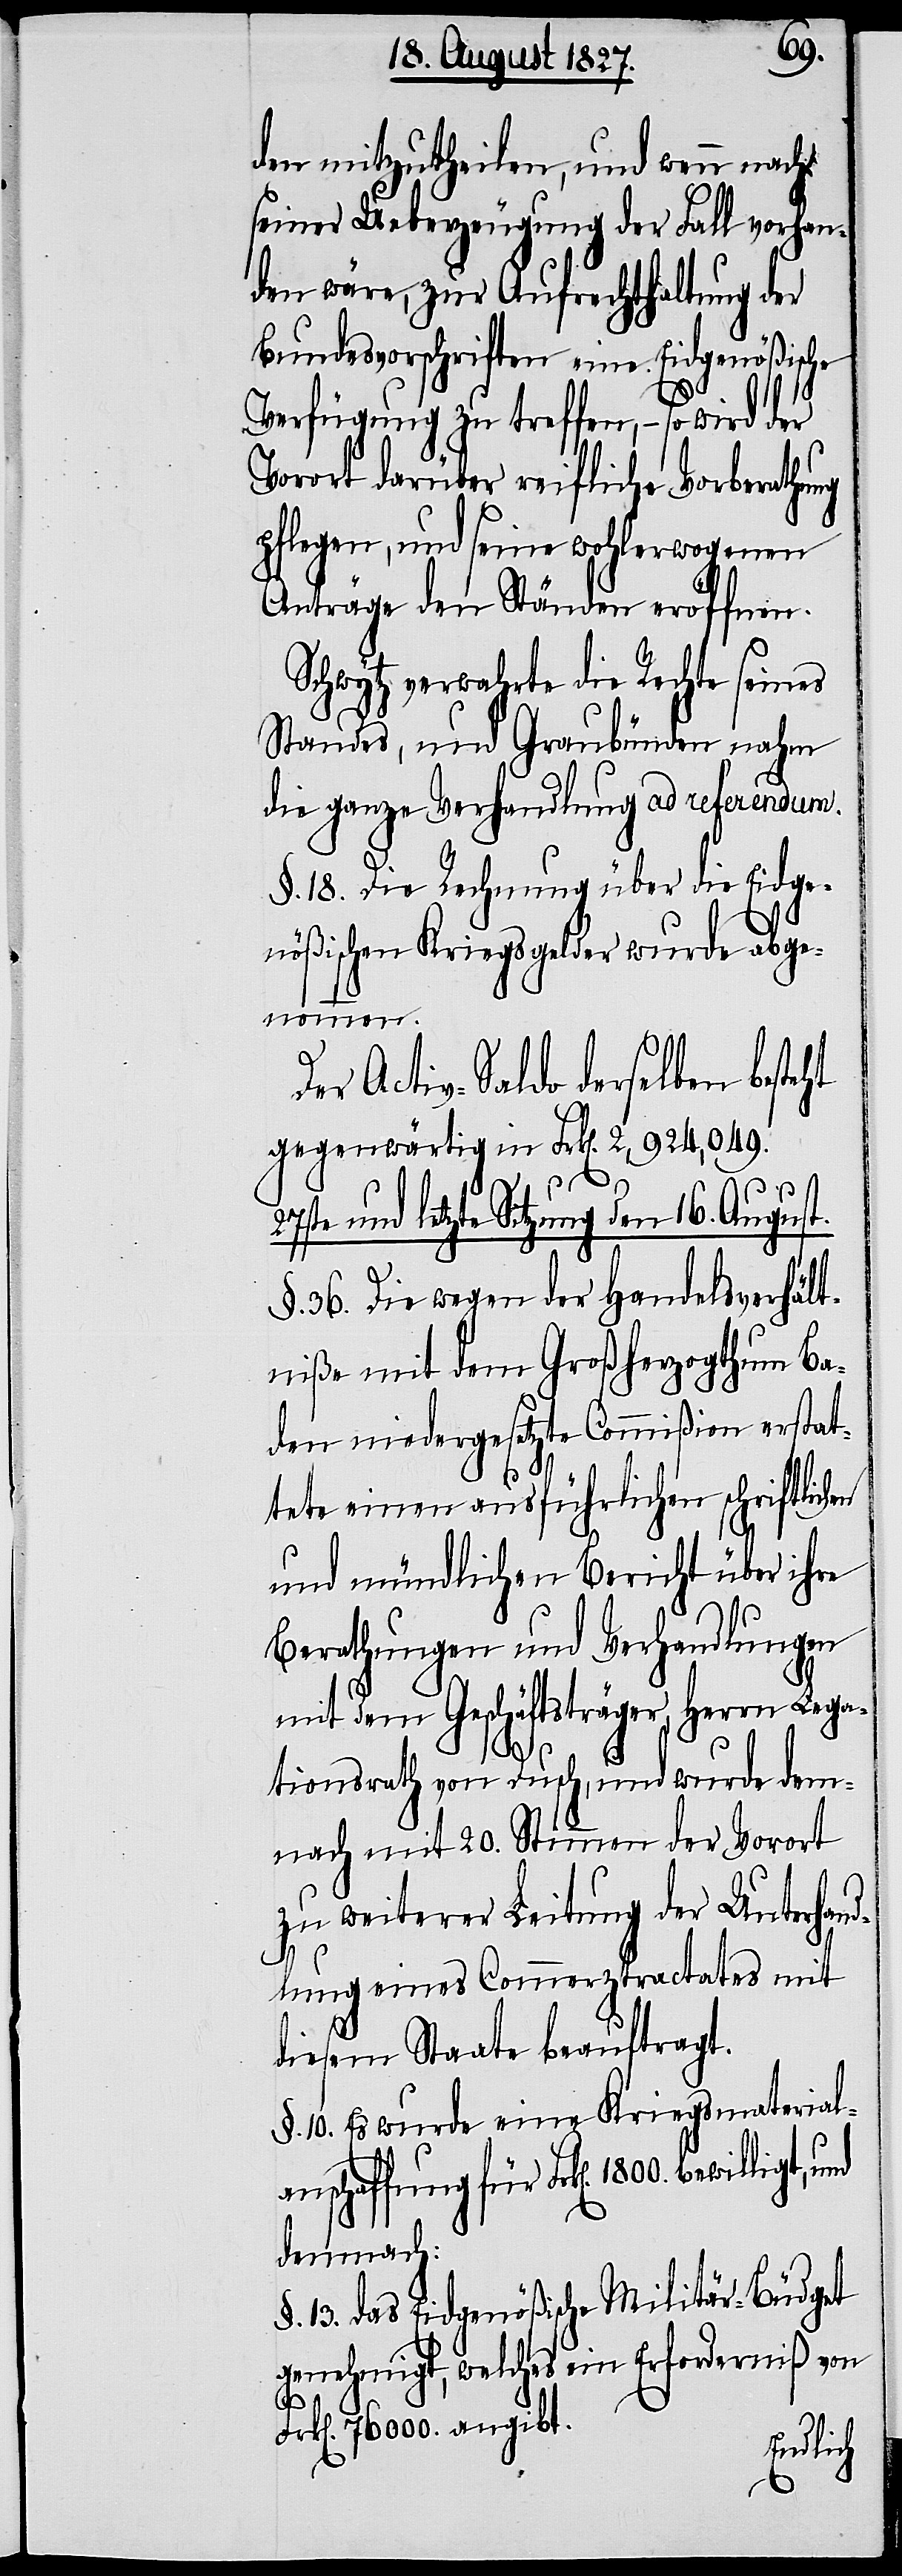
den mitzutheilen, und wenn nach
seiner Ueberzeugung der Fall vorhan¬
den wäre, zur Aufrechthaltung der
Bundesvorschriften eine Eidgenößische
Verfügung zu treffen, – so wird der
Vorort darüber reifliche Vorberathung
pflegen, und seine wohlerwogenen
Anträge den Ständen eröffnen.
Schwytz verwahrte die Rechte seines
Standes, und Graubünden nahm
die ganze Verhandlung ad referendum.
§. 18. Die Rechnung über die Eidge¬
nößischen Kriegsgelder wurde abge¬
nommen.
Der Activ-Saldo derselben best¬
gegenwärtig in Frk[en]. 2,924,049.
und letzte Sitzung den 16. August.
§. 36. Die wegen der Handelsverhält¬
niße mit dem Großherzogthum Ba¬
den niedergesetzte Commißion erstat¬
tete einen ausführlichen schriftlich¬
und mündlichen Bericht über ihre
Berathungen und Verhandlungen
mit dem Geschäftsträger, Herrn Lega¬
tionsrath von Dusch, und wurde dem¬
nach mit 20. Stimmen der Vorort
zu weiterer Leitung der Unterhand¬
en
lungen eines Commerztractates mit
diesem Staate beauftragt.
§. 10. Es wurde eine Kriegsmaterial¬
anschaffung für Frk[en]. 1800.
demnach:
13. das Eidgenößische Militär-Büdget
genehmigt, welches ein Erforderniß von
76000. angibt.